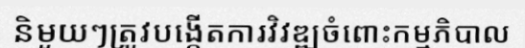
និមួយៗត្រូវបង្កើតការវិវឌ្ឍចំពោះកម្មភិបាល